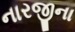
નારજીના